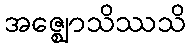
အဇ္ဈောသိဿသိ